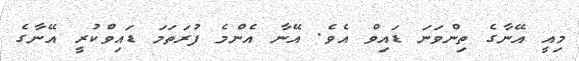
މިއީ އޭނާގެ ތިންވަނަ ޑައިވް އެވެ. އޭނާ އެންމެ ފުރަތަމަ ޑައިވްކުރީ އޭނާގެ